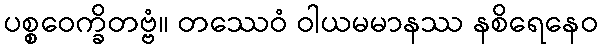
ပစ္စဝေက္ခိတဗ္ဗံ။ တဿေဝံ ဝါယမမာနဿ နစိရေနေဝ